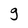
Character: g